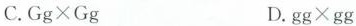
C.$$Gg\timesGg$$ D.$$gg\timesgg$$